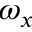
\omega _ { x }